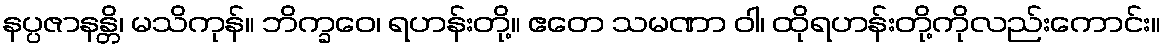
နပ္ပဇာနန္တိ၊ မသိကုန်။ ဘိက္ခဝေ၊ ရဟန်းတို့။ ဧတေ သမဏာ ဝါ၊ ထိုရဟန်းတို့ကိုလည်းကောင်း။